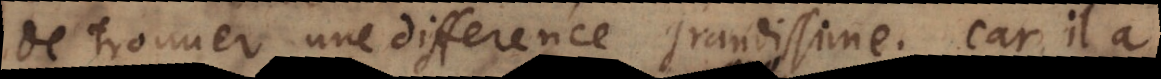
de trouver une difference grandissime. Car il a